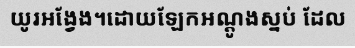
យូរអង្វែង។ដោយឡែកអណ្តូងស្នប់ ដែល